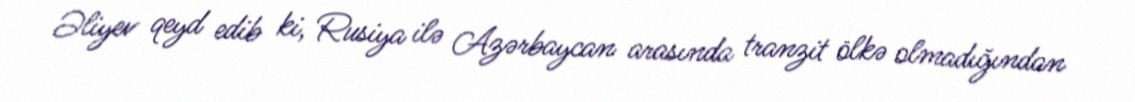
Əliyev qeyd edib ki, Rusiya ilə Azərbaycan arasında tranzit ölkə olmadığından